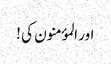
اور المؤمنون کی !